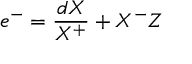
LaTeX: e ^ { - } = \frac { d X } { X ^ { + } } + X ^ { - } Z